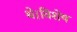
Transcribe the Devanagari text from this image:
थे।विशेष